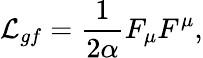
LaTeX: {\cal L}_{gf}=\frac 1{2\alpha}F_{\mu}F^{\mu},